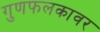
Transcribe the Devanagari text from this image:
गुणफलकावर